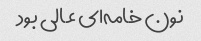
نون خامه‌ای عالی بود